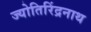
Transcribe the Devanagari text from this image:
ज्योतिरिंद्रनाथ